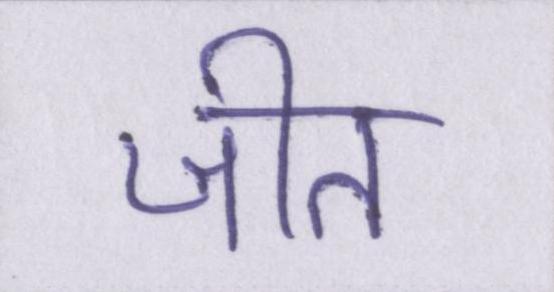
जीत